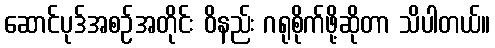
ဆောင်ပုဒ်အစဉ်အတိုင်း ဝိနည်း ဂရုစိုက်ဖို့ဆိုတာ သိပါတယ်။